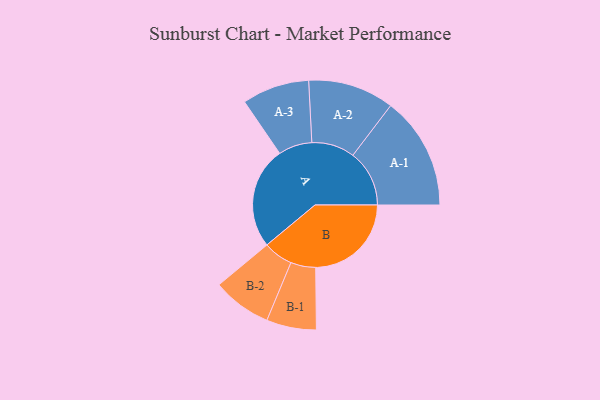
{"axis": {"x": "Segment", "y": "Value"}, "legend": ["", "A", "B"], "data": [{"x": "A", "y": 479, "type": ""}, {"x": "B", "y": 449, "type": ""}, {"x": "A-1", "y": 265, "type": "A"}, {"x": "A-2", "y": 202, "type": "A"}, {"x": "A-3", "y": 158, "type": "A"}, {"x": "B-1", "y": 117, "type": "B"}, {"x": "B-2", "y": 139, "type": "B"}]}